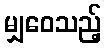
မျှဝေသည့်